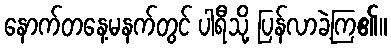
နောက်တနေ့မနက်တွင် ပါရီသို့ ပြန်လာခဲ့ကြ၏။